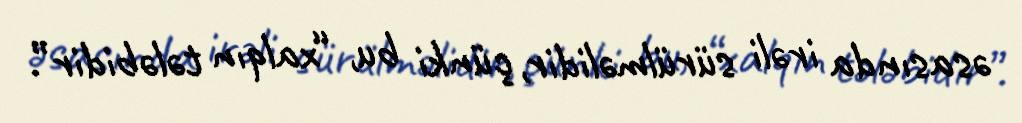
əsasında irəli sürülməlidir, çünki bu, “xalqın tələbidir”.